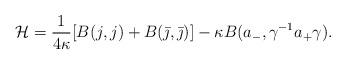
LaTeX: \begin{align*}\mathcal H = \frac{1}{4 \kappa}[B(j, j) + B(\bar \jmath, \bar \jmath)] - \kappa B(a_-, \gamma^{-1} a_+ \gamma).\end{align*}